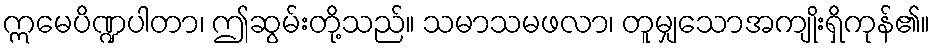
ဣမေပိဏ္ဍပါတာ၊ ဤဆွမ်းတို့သည်။ သမာသမဖလာ၊ တူမျှသောအကျိုးရှိကုန်၏။